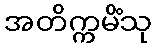
အတိက္ကမိံသု